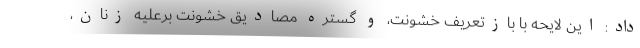
داد: این لایحه با بازتعریف خشونت، و گستره مصادیقِ خشونت برعلیه زنان،